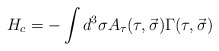
\begin{align*}H_c = - \int{d^3\sigma A_\tau (\tau, \vec{\sigma}) \Gamma (\tau, \vec{\sigma})}\end{align*}